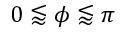
0 \lessapprox \phi \lessapprox \pi